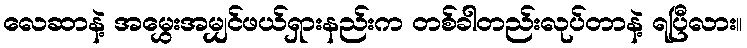
လေဆာနဲ့ အမွှေးအမျှင်ဖယ်ရှားနည်းက တစ်ခါတည်းလုပ်တာနဲ့ ရပြီလား။